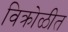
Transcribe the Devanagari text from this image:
विक्रोळीत